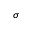
\sigma